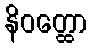
နိဝတ္ထော